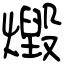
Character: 燬